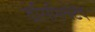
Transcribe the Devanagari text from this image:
डेसिमिनेटेद